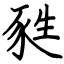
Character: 甤